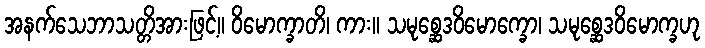
အနက်သေဘာသတ္တိအားဖြင့်။ ဝိမောက္ခာတိ၊ ကား။ သမုစ္ဆေဒဝိမောက္ခော၊ သမုစ္ဆေဒဝိမောက္ခဟု